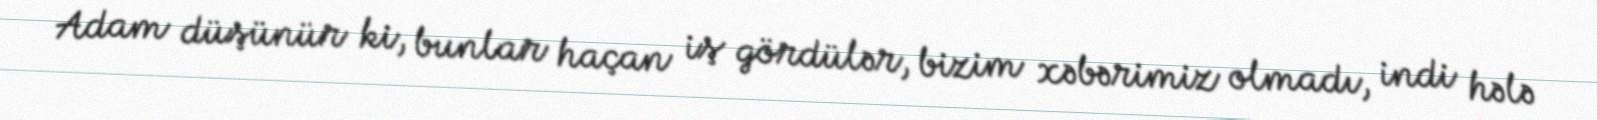
Adam düşünür ki, bunlar haçan iş gördülər, bizim xəbərimiz olmadı, indi hələ